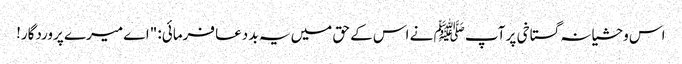
اس وحشیانہ گستاخی پر آپ ﷺ نے اس کے حق میں یہ بد دعا فرمائی: "اے میرے پروردگار!